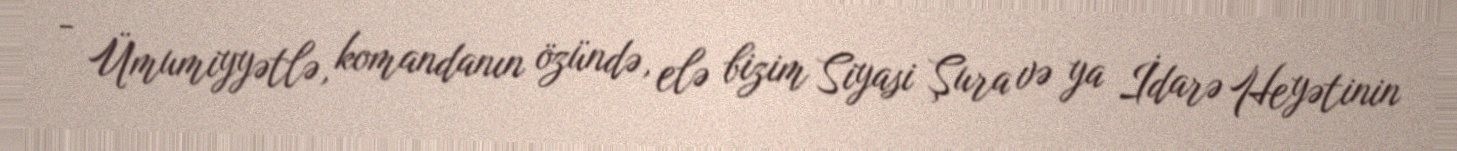
- Ümumiyyətlə, komandanın özündə, elə bizim Siyasi Şura və ya İdarə Heyətinin